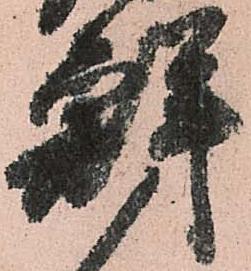
鮮